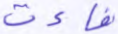
فاءت